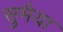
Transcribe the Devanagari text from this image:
सुमैया